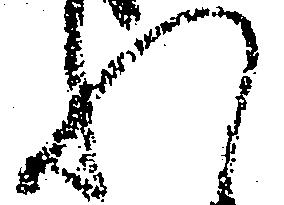
れ